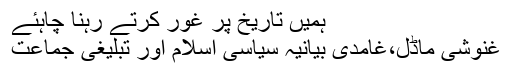
ہمیں تاریخ پر غور کرتے رہنا چاہئے
غنوشی ماڈل،غامدی بیانیہ سیاسی اسلام اور تبلیغی جماعت